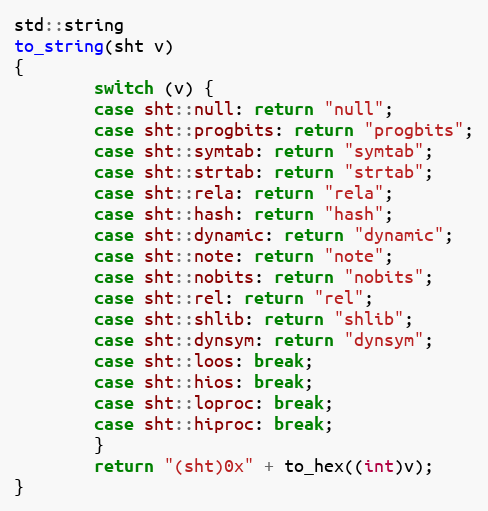
Language: C++
std::string
to_string(sht v)
{
        switch (v) {
        case sht::null: return "null";
        case sht::progbits: return "progbits";
        case sht::symtab: return "symtab";
        case sht::strtab: return "strtab";
        case sht::rela: return "rela";
        case sht::hash: return "hash";
        case sht::dynamic: return "dynamic";
        case sht::note: return "note";
        case sht::nobits: return "nobits";
        case sht::rel: return "rel";
        case sht::shlib: return "shlib";
        case sht::dynsym: return "dynsym";
        case sht::loos: break;
        case sht::hios: break;
        case sht::loproc: break;
        case sht::hiproc: break;
        }
        return "(sht)0x" + to_hex((int)v);
}